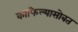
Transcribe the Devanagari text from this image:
काफिल्यासोबत